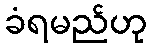
ခံရမည်ဟု